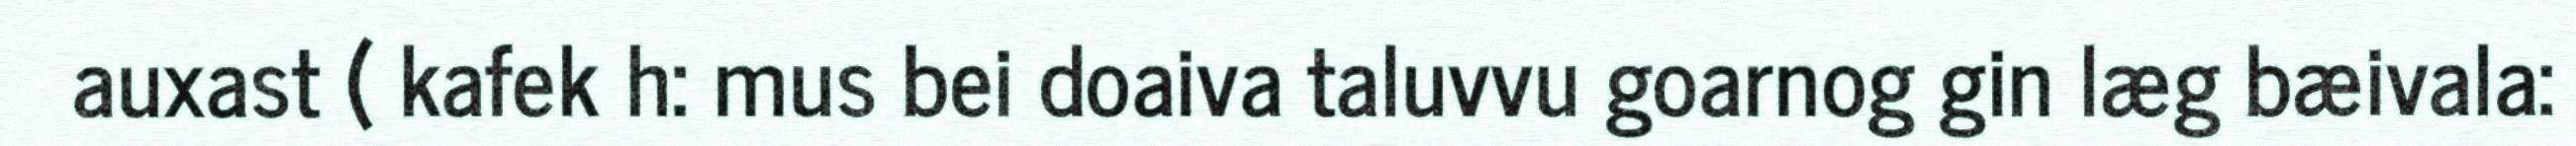
auxast ( kafek h: mus bei doaiva taluvvu goarnog gin læg bæivala: